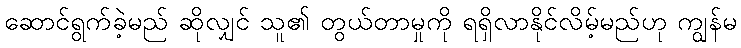
ဆောင်ရွက်ခဲ့မည် ဆိုလျှင် သူ၏ တွယ်တာမှုကို ရရှိလာနိုင်လိမ့်မည်ဟု ကျွန်မ